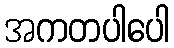
အကတပါပေါ